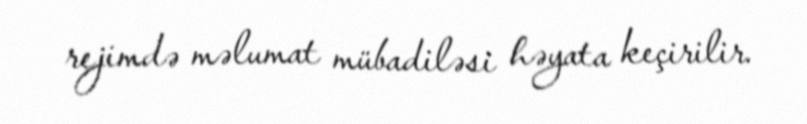
rejimdə məlumat mübadiləsi həyata keçirilir.